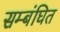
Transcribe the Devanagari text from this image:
सम्बंघित